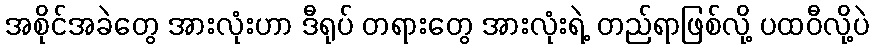
အစိုင်အခဲတွေ အားလုံးဟာ ဒီရုပ် တရားတွေ အားလုံးရဲ့ တည်ရာဖြစ်လို့ ပထဝီလို့ပဲ